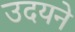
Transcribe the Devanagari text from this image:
उदयने